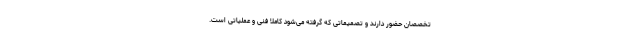
تخصصان حضور دارند و تصمیماتی که گرفته می‌شود کاملا فنی و عملیاتی است.